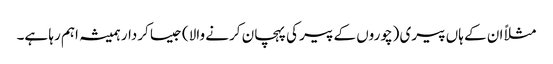
مثلاً ان کے ہاں پیری (چوروں کے پیر کی پہچان کرنے والا) جیسا کردار ہمیشہ اہم رہا ہے۔